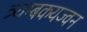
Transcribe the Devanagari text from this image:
त्र्यम्बकयज्वन